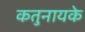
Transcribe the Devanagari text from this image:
कतुनायके